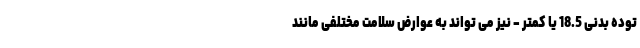
توده بدنی 18.5 یا کمتر - نیز می تواند به عوارض سلامت مختلفی مانند